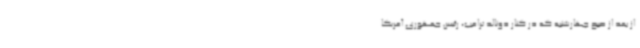
از بعد از صبح چهارشنبه که در کنار دونالد ترامپ، رئیس جمهوری آمریکا